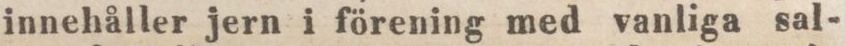
innehåller jern i förening med vanliga sal-